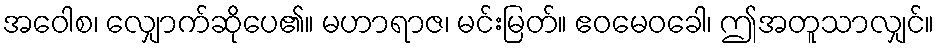
အဝေါစ၊ လျှောက်ဆိုပေ၏။ မဟာရာဇ၊ မင်းမြတ်။ ဧဝမေဝခေါ၊ ဤအတူသာလျှင်။